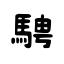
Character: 騁